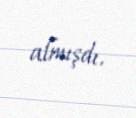
almışdı.